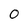
Character: 0